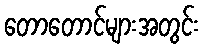
တောတောင်များအတွင်း